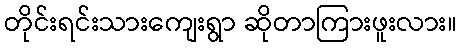
တိုင်းရင်းသားကျေးရွာ ဆိုတာကြားဖူးလား။